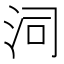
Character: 泀